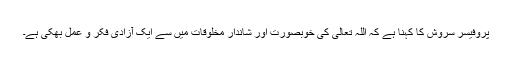
پروفیسر سروش کا کہنا ہے کہ اللہ تعالٰیٰ کی خوبصورت اور شاندار مخلوقات میں سے ایک آزادی فکر و عمل بھکی ہے۔